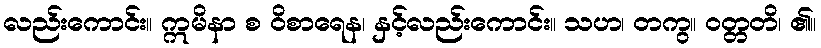
လည်းကောင်း။ ဣမိနာ စ ဝိစာရေန၊ နှင့်လည်းကောင်း။ သဟ၊ တကွ။ ဝတ္တတိ၊ ၏။